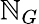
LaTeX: \mathbb{N}_{G}